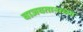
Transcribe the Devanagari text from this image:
वाजवतानाच्या